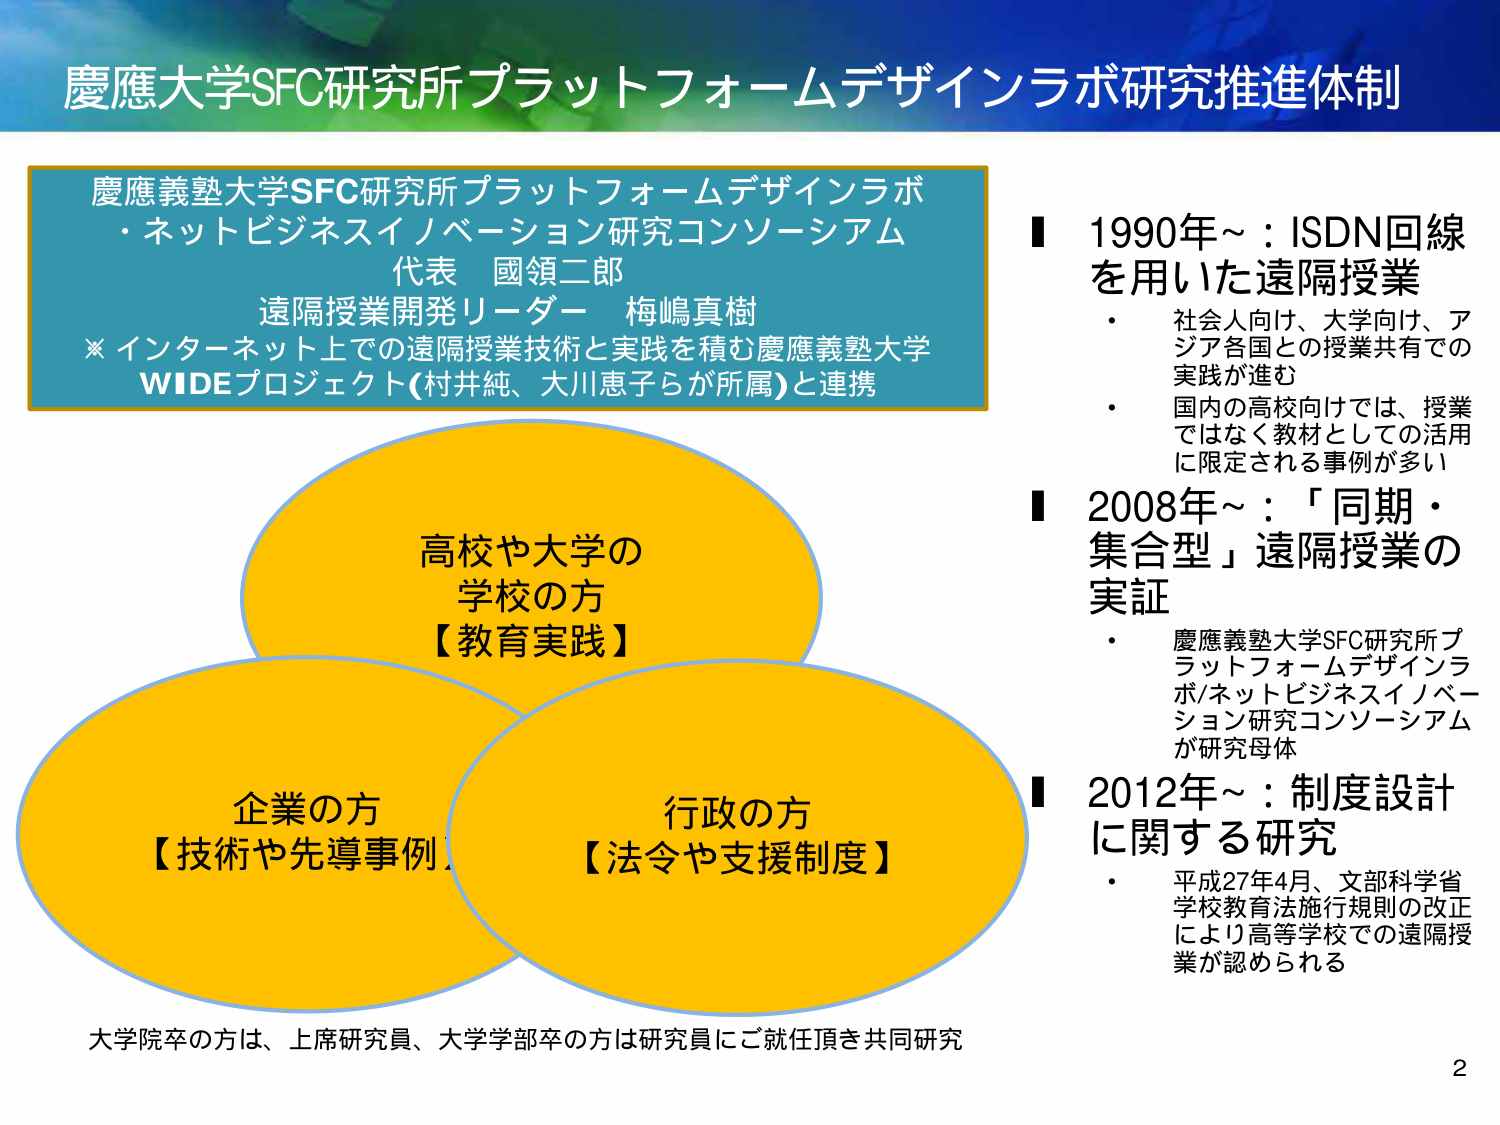
慶應大学SFC研究所プラットフォームデザインラボ研究推進体制

慶應義塾大学SFC研究所プラットフォームデザインラボ
・ネットビジネスイノベーション研究コンソーシアム
代表 國領二郎
遠隔授業開発リーダー 梅嶋真樹
※ インターネット上での遠隔授業技術と実践を積む慶應義塾大学
WIDEプロジェクト(村井純、大川恵子らが所属)と連携

高校や大学の
学校の方
【教育実践】

企業の方
【技術や先導事例】

行政の方
【法令や支援制度】

大学院卒の方は、上席研究員、大学学部卒の方は研究員にご就任頂き共同研究

■ 1990年～：ISDN回線
を用いた遠隔授業
・ 社会人向け、大学向け、アジア各国との授業共有での実践が進む
・ 国内の高校向けでは、授業ではなく教材としての活用に限定される事例が多い

■ 2008年～：「同期・集合型」遠隔授業の実証
・ 慶應義塾大学SFC研究所プラットフォームデザインラボ/ネットビジネスイノベーション研究コンソーシアムが研究母体

■ 2012年～：制度設計に関する研究
・ 平成27年4月、文部科学省学校教育法施行規則の改正により高等学校での遠隔授業が認められる

2